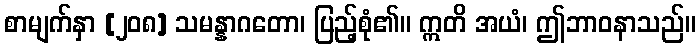
စာမျက်နှာ [၂၀၈] သမန္နာဂတော၊ ပြည့်စုံ၏။ ဣတိ အယံ၊ ဤဘာဝနာသည်။